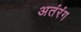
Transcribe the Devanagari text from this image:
अतंरंग